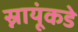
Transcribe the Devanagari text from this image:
स्नायूंकडे